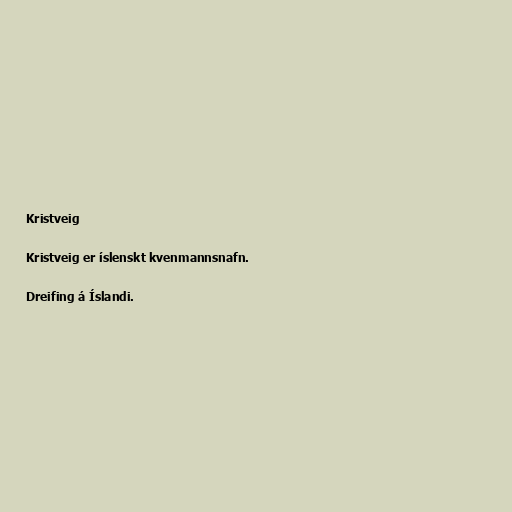
Kristveig

Kristveig er íslenskt kvenmannsnafn.

Dreifing á Íslandi.